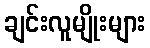
ချင်းလူမျိုးများ